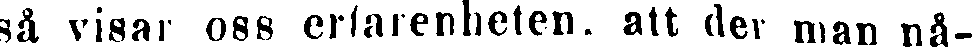
så visar oss erfarenheten, att der man nå-